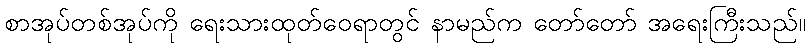
စာအုပ်တစ်အုပ်ကို ရေးသားထုတ်ဝေရာတွင် နာမည်က တော်တော် အရေးကြီးသည်။